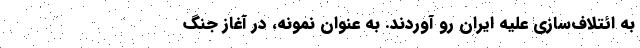
به ائتلاف‌سازي عليه ايران رو آوردند. به عنوان نمونه، در آغاز جنگ